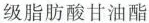
级脂肪酸甘油酯